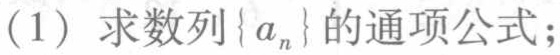
(1) 求数列\(\{ a_{n}\}\)的通项公式；